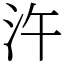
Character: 汻